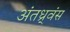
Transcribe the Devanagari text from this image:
अंतध्र्वंस